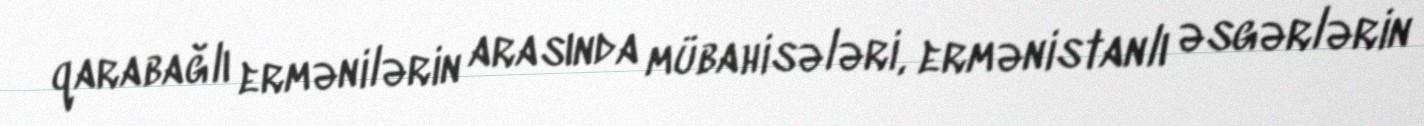
qarabağlı ermənilərin arasında mübahisələri, ermənistanlı əsgərlərin